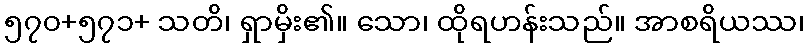
၅၇၀+၅၇၁+ သတိ၊ ရှာမှိး၏။ သော၊ ထိုရဟန်းသည်။ အာစရိယဿ၊